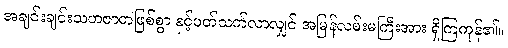
အချင်းချင်းသဟဇာတဖြစ်စွာ နှင့်ပတ်သက်လာလျှင် အမြန်လမ်းမကြီးအား ရှိကြကုန်၏။